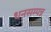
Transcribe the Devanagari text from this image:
धनसम्पन्न